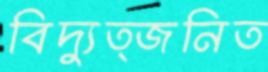
বিদ্যুত্জনিত